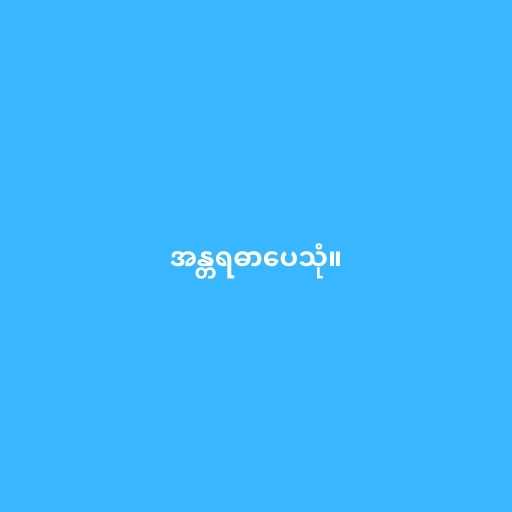
အန္တရဓာပေသုံ။